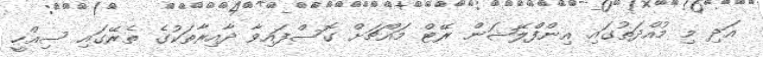
އަދި މި މުއްދަތުގައި އިންފްލޭޝަން ރޭޓް މައްޗަށް ގޮސްފައިވާ ދާއިރާތަކުގެ ތެރޭގައި ސިއްހީ